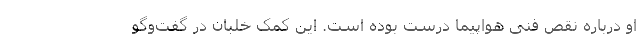
او درباره نقص فنی هواپیما درست بوده است. این کمک خلبان در گفت‌وگو